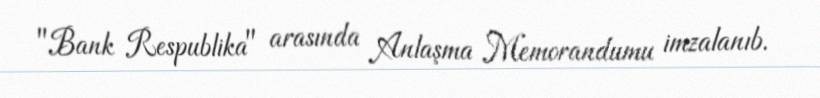
"Bank Respublika" arasında Anlaşma Memorandumu imzalanıb.